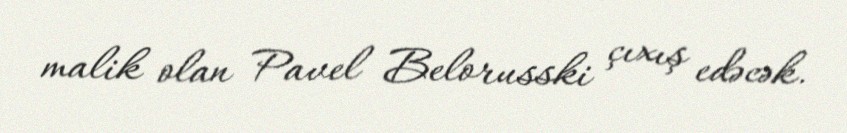
malik olan Pavel Belorusski çıxış edəcək.